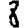
Digit: 8